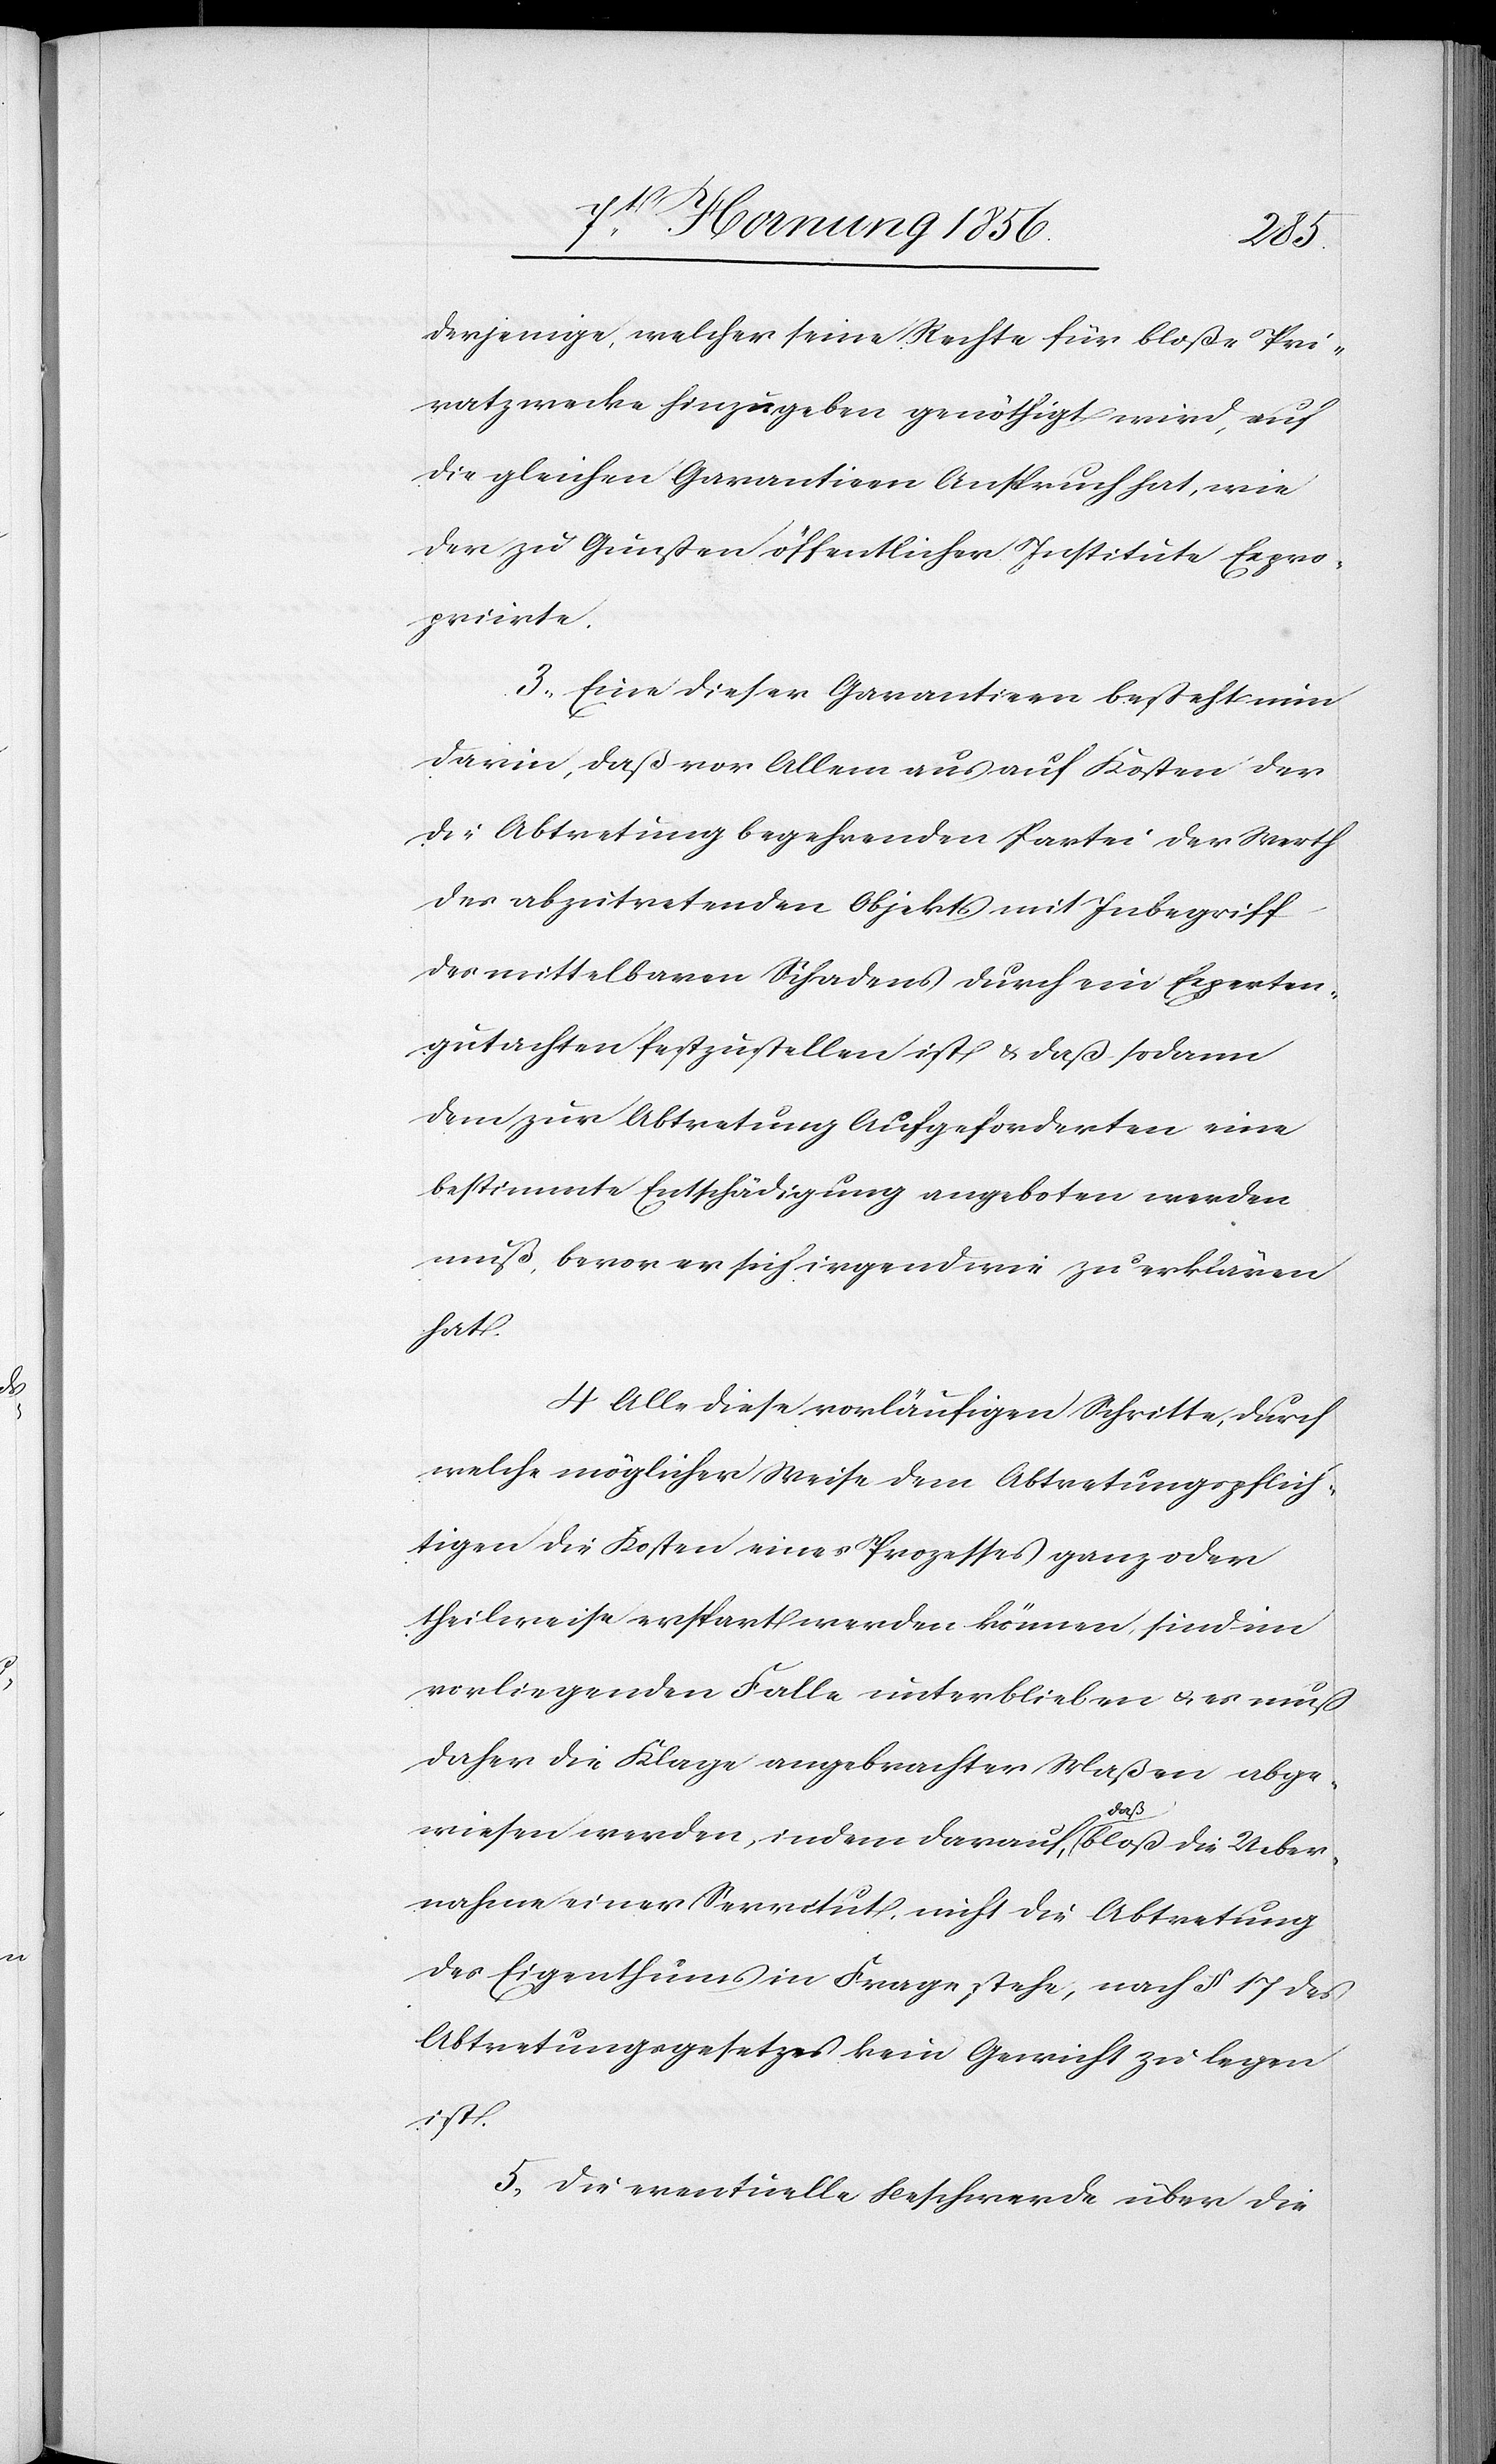
derjenige, welcher seine Rechte für bloße Pri¬
vatzwecke hinzugeben genöthigt wird, auf
die gleichen Garantieen Anspruch hat, wie
der zu Gunsten öffentlicher Institute Expro¬
priirte.
3., Eine dieser Garantieen besteht nun
darin, daß vor Allem aus auf Kosten der
die Abtretung begehrenden Partei der Werth
des abzutretenden Objekts mit Inbegriff
des mittelbaren Schadens durch ein Experten¬
gutachten festzustellen ist & daß sodann
dem zur Abtretung Aufgeforderten eine
bestimmte Entschädigung angeboten werden
muß, bevor er sich irgendwie zu erklären
hat.
4. Alle diese vorläufigen Schritte, durch
welche möglicher Weise dem Abtretungspflich¬
tigen die Kosten eines Prozesses ganz oder
theilweise erspart werden können, sind im
vorliegenden Falle unterblieben u. es muß
daher die Klage angebrachter Maßen abge¬
wiesen werden, indem darauf, a-daß-a bloß die Ueber¬
nahme einer Servitut, nicht die Abtretung
des Eigenthums in Frage stehe, nach § 17 des
Abtretungsgesetzes kein Gewicht zu legen
ist.
5., Die eventuelle Beschwerde über die